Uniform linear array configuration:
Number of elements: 12
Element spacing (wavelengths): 0.5
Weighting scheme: hamming
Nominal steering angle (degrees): -45
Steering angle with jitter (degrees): -43.43
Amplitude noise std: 0.05
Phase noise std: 0.05

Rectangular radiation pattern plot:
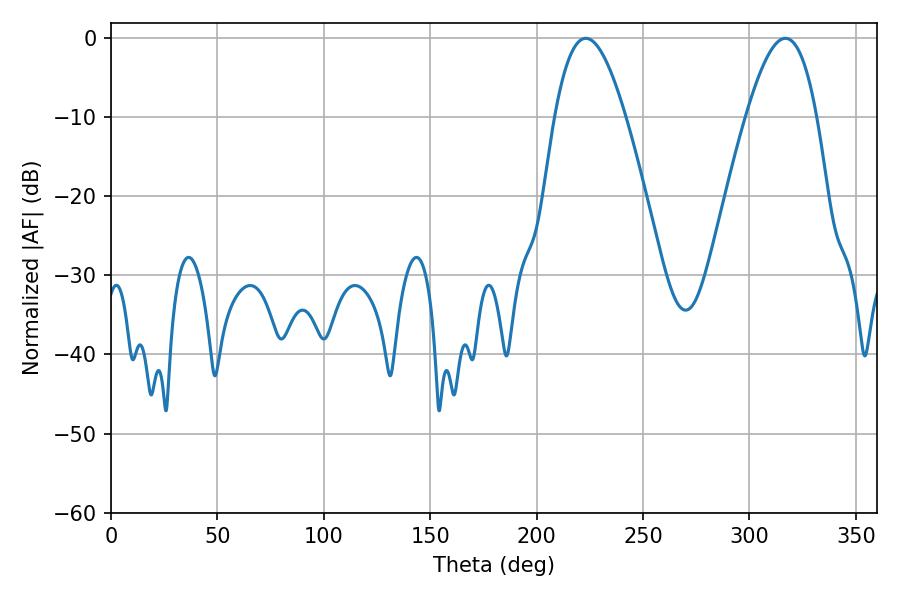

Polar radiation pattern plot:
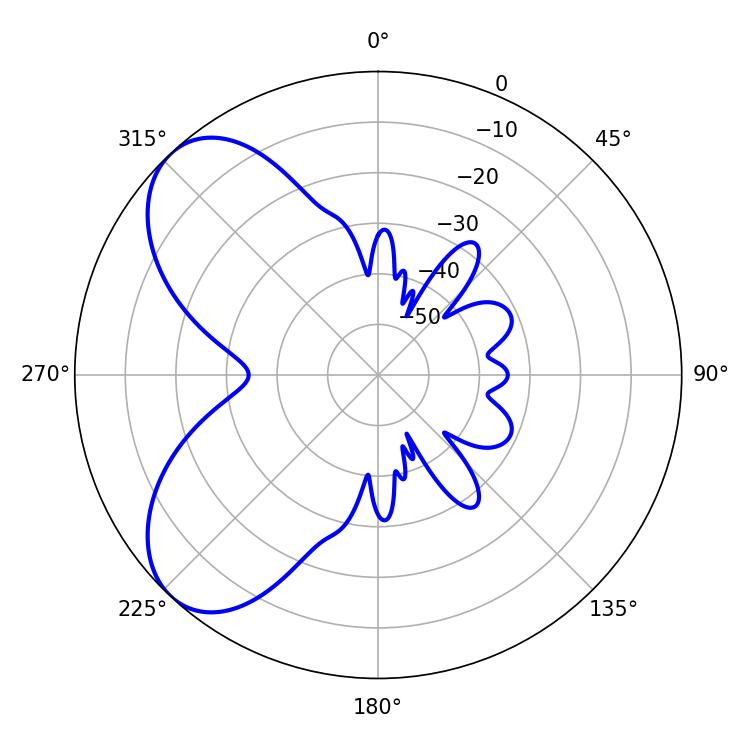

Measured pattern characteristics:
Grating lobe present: FALSE
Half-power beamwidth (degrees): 18
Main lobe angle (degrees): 316.98